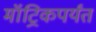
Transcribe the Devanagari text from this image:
मॉट्रिकपर्यंत